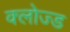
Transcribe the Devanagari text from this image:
क्‍लोज्‍ड